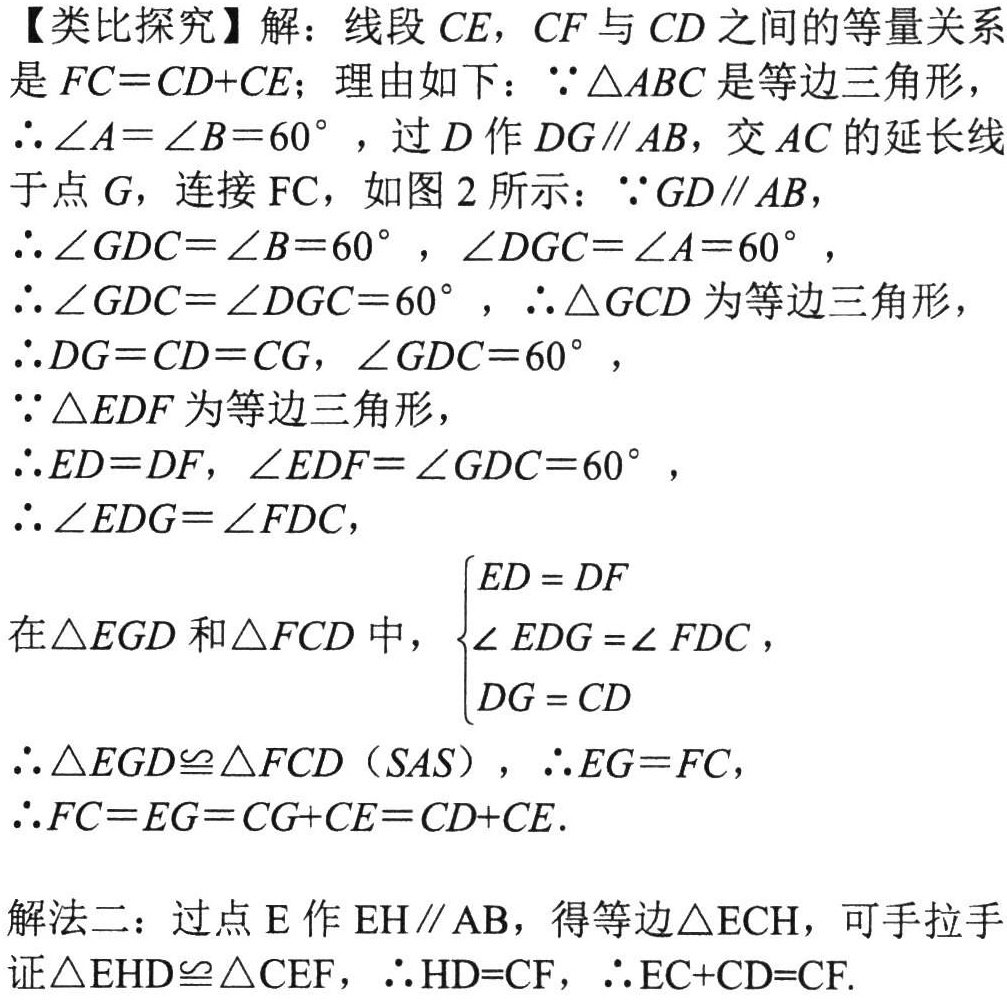
【类比探究】解：线段 \(CE\)，\(CF\) 与 \(CD\) 之间的等量关系是 \(FC = CD + CE\)；理由如下：\(\because\triangle ABC\) 是等边三角形，\(\therefore\angle A=\angle B = 60^{\circ}\)，过 \(D\) 作 \(DG\parallel AB\)，交 \(AC\) 的延长线于点 \(G\)，连接 \(FC\)，如图 2 所示：\(\because GD\parallel AB\)，\(\therefore\angle GDC=\angle B = 60^{\circ}\)，\(\angle DGC=\angle A = 60^{\circ}\)，\(\therefore\angle GDC=\angle DGC = 60^{\circ}\)，\(\therefore\triangle GCD\) 为等边三角形，\(\therefore DG = CD = CG\)，\(\angle GDC = 60^{\circ}\)，\(\because\triangle EDF\) 为等边三角形，\(\therefore ED = DF\)，\(\angle EDF=\angle GDC = 60^{\circ}\)，\(\therefore\angle EDG=\angle FDC\)，在 \(\triangle EGD\) 和 \(\triangle FCD\) 中，\(\begin{cases}ED = DF\\\angle EDG=\angle FDC\\DG = CD\end{cases}\)，\(\therefore\triangle EGD\cong\triangle FCD\)（\(SAS\)），\(\therefore EG = FC\)，\(\therefore FC = EG = CG + CE = CD + CE\).

解法二：过点 \(E\) 作 \(EH\parallel AB\)，得等边 \(\triangle ECH\)，可手拉手证 \(\triangle EHD\cong\triangle CEF\)，\(\therefore HD = CF\)，\(\therefore EC + CD = CF\).